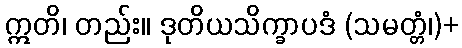
ဣတိ၊ တည်း။ ဒုတိယသိက္ခာပဒံ (သမတ္တံ၊)+